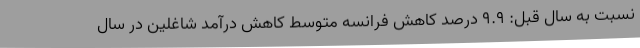
نسبت به سال قبل: 9.9 درصد کاهش فرانسه متوسط کاهش درآمد شاغلین در سال